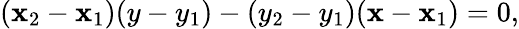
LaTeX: (\mathbf{x}_{2}-\mathbf{x}_{1})(y-y_{1})-(y_{2}-y_{1})(\mathbf{x}-\mathbf{x}_{1})=0,